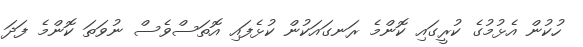
ހުކުން އެޅުމުގެ ކުރީގައި ކޮންމެ ރަނގައަކުން ކުޅެފައި އޮތަސްވެސް ނުވަތަ ކޮންމެ ފަދަ